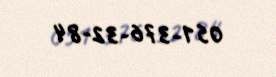
051-376-32-84